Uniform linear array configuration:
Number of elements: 4
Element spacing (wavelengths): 1
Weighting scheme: cosine
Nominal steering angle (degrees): -60
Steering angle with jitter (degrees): -61.059
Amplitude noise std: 0.05
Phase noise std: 0.05

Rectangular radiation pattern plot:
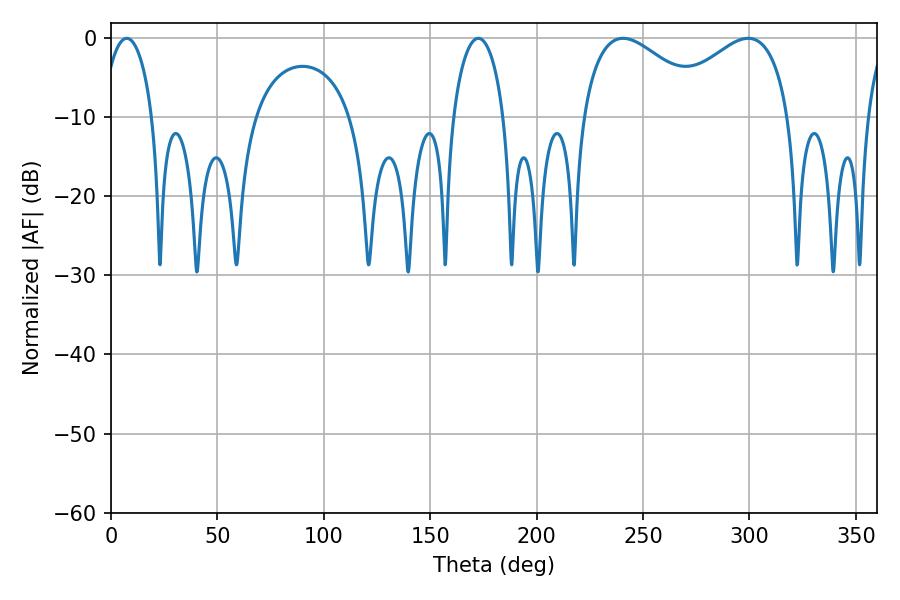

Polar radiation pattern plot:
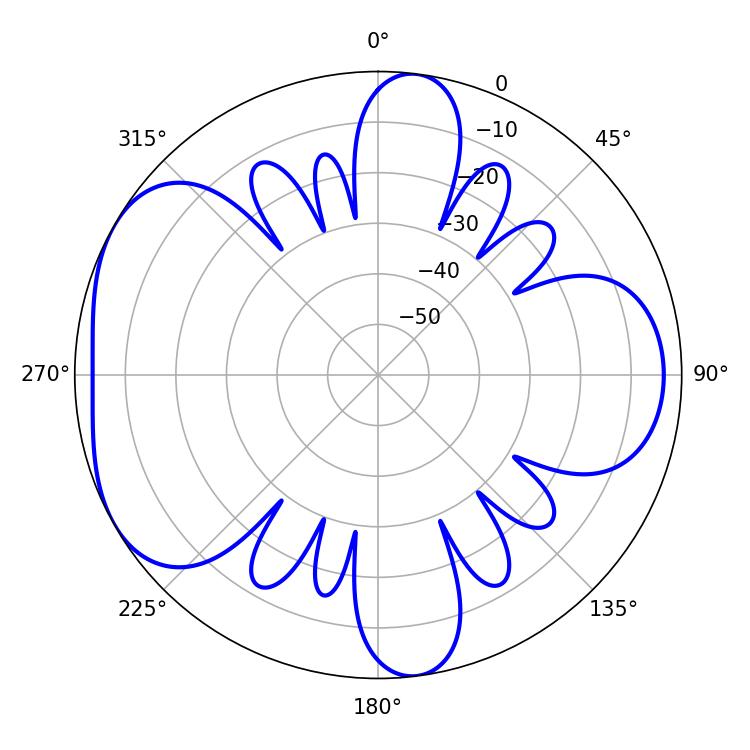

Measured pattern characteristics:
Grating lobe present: TRUE
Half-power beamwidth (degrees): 13.68
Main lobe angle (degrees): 7.38